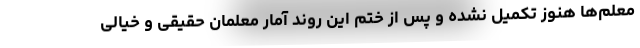
معلم‌ها هنوز تکمیل نشده و پس از ختم این روند آمار معلمان حقیقی و خیالی